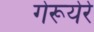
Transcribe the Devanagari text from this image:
गेरूयेरे